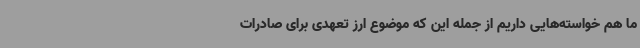
ما هم خواسته‌هایی داریم از جمله این که موضوع ارز تعهدی برای صادرات